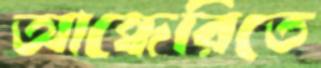
আন্ধেরিতে